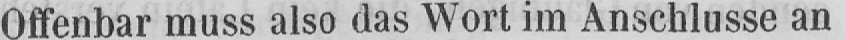
Offenbar muss also das Wort im Anschlüsse an